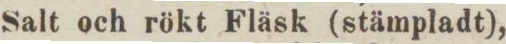
Salt och rökt Fläsk (stämpladt),